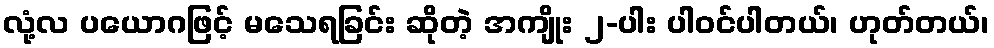
လုံ့လ ပယောဂဖြင့် မသေရခြင်း ဆိုတဲ့ အကျိုး ၂-ပါး ပါဝင်ပါတယ်၊ ဟုတ်တယ်၊